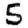
Digit: 5